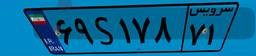
۳۸S۵۱۵۲۳